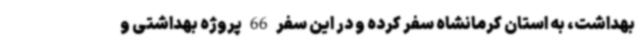
بهداشت، به استان کرمانشاه سفر کرده و در این سفر 66 پروژه بهداشتی و